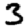
Digit: 3